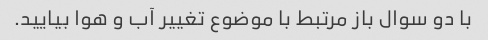
با دو سوال باز مرتبط با موضوع تغییر آب و هوا بیایید.